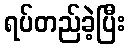
ရပ်တည်ခဲ့ပြီး